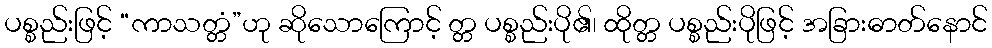
ပစ္စည်းဖြင့် “ကာသတ္တံ”ဟု ဆိုသောကြောင့် တ္တ ပစ္စည်းပို၏၊ ထိုတ္တ ပစ္စည်းပိုဖြင့် အခြားဓာတ်နောင်